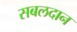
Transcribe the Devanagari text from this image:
सबलदान